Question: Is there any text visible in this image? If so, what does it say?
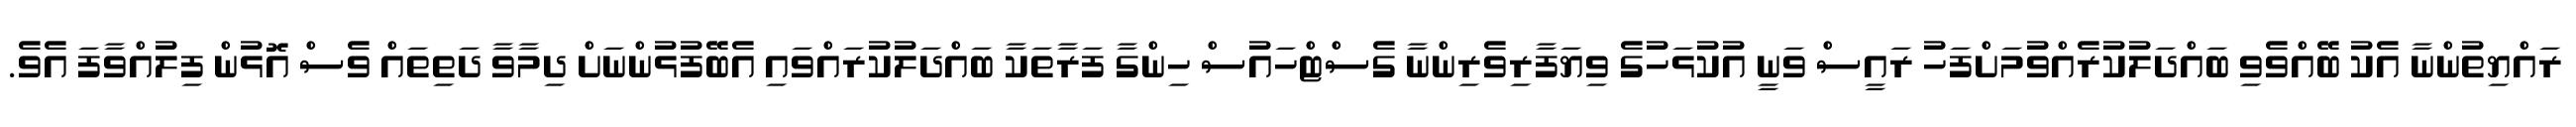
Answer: ރައްޔިތުންނާ އެކު ބޭއްވެވި ބައްދަލުކުރެއްވުމަށްފަހު ރައީސް ވަނީ އުކުޅަހުގެ ވިޔަފާރިވެރިންނާ ގެސްޓްހައުސް ހިންގާ ފަރާތަކާ ބައްދަލުކުރައްވައި އެބޭފުޅުންނަށް ދިމާވާ ދަތިތައް ވެސް އޮޅުން ފިލުއްވާފަ އެވެ.